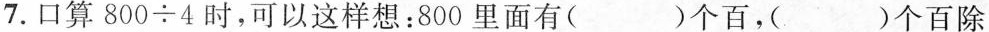
7.口算$$8 0 0 \div 4$$时，可以这样想:800里面有()个百，()个百除